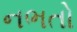
નભતો